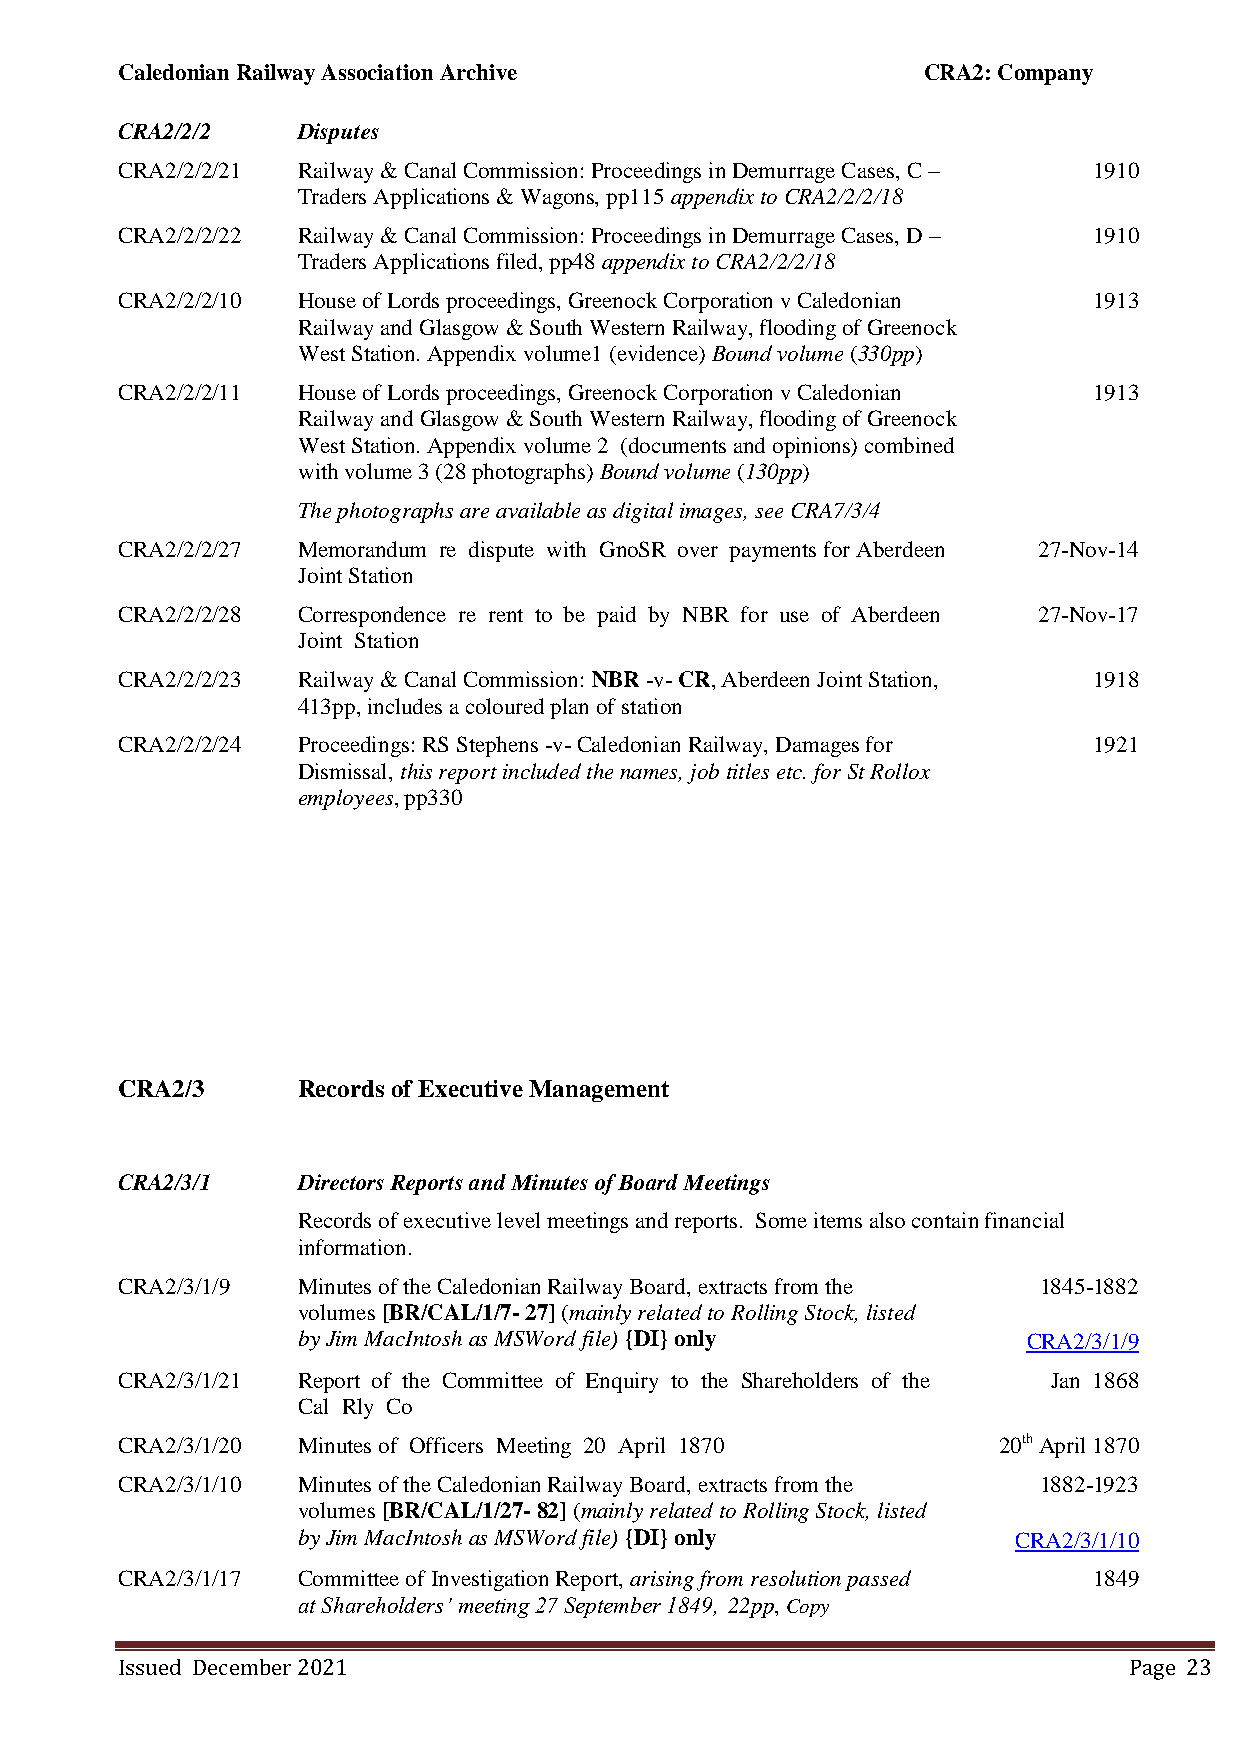
Caledonian Railway Association Archive               CRA2: Company
 CRA2/2/2    Disputes
 CRA2/2/2/21 Railway & Canal Commission: Proceedings in Demurrage Cases, C – 1910
 Traders Applications & Wagons, pp115 appendix to CRA2/2/2/18
 CRA2/2/2/22 Railway & Canal Commission: Proceedings in Demurrage Cases, D – 1910
 Traders Applications filed, pp48 appendix to CRA2/2/2/18
 CRA2/2/2/10 House of Lords proceedings, Greenock Corporation v Caledonian 1913
 Railway and Glasgow & South Western Railway, flooding of Greenock
 West Station. Appendix volume1 (evidence) Bound volume (330pp)
 CRA2/2/2/11 House of Lords proceedings, Greenock Corporation v Caledonian 1913
 Railway and Glasgow & South Western Railway, flooding of Greenock
 West Station. Appendix volume 2 (documents and opinions) combined
 with volume 3 (28 photographs) Bound volume (130pp)
 The photographs are available as digital images, see CRA7/3/4
 CRA2/2/2/27 Memorandum re dispute with GnoSR over payments for Aberdeen 27-Nov-14
 Joint Station
 CRA2/2/2/28 Correspondence re rent to be paid by NBR for use of Aberdeen 27-Nov-17
 Joint Station
 CRA2/2/2/23 Railway & Canal Commission: NBR -v- CR, Aberdeen Joint Station, 1918
 413pp, includes a coloured plan of station
 CRA2/2/2/24 Proceedings: RS Stephens -v- Caledonian Railway, Damages for 1921
 Dismissal, this report included the names, job titles etc. for St Rollox
 employees, pp330
 CRA2/3      Records of Executive Management
 CRA2/3/1    Directors Reports and Minutes of Board Meetings
 Records of executive level meetings and reports. Some items also contain financial
 information.
 CRA2/3/1/9  Minutes of the Caledonian Railway Board, extracts from the 1845-1882
 volumes [BR/CAL/1/7- 27] (mainly related to Rolling Stock, listed
 by Jim MacIntosh as MSWord file) {DI} only      CRA2/3/1/9
 CRA2/3/1/21 Report of the Committee of Enquiry to the Shareholders of the Jan 1868
 Cal Rly Co
 CRA2/3/1/20 Minutes of Officers Meeting 20 April 1870     20th April 1870
 CRA2/3/1/10 Minutes of the Caledonian Railway Board, extracts from the 1882-1923
 volumes [BR/CAL/1/27- 82] (mainly related to Rolling Stock, listed
 by Jim MacIntosh as MSWord file) {DI} only     CRA2/3/1/10
 CRA2/3/1/17 Committee of Investigation Report, arising from resolution passed 1849
 at Shareholders’ meeting 27 September 1849, 22pp, Copy
 Issued December 2021                                               Page 23